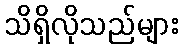
သိရှိလိုသည်များ